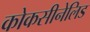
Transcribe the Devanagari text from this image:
कोकसीनेलिड